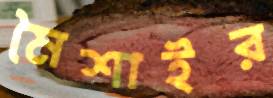
মৈশাইর